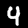
Label: 4